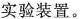
实验装置。